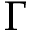
\Gamma